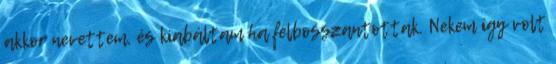
akkor nevettem, és kiabáltam ha felbosszantottak. Nekem így volt